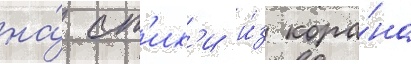
на́ ст'их'и и́з кора́на